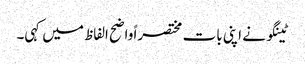
ٹینگو نے اپنی بات مختصراً واضح الفاظ میں کہی۔